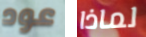
عود لماذا